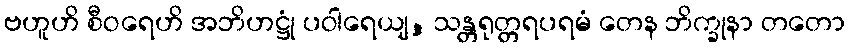
ဗဟူဟိ စီဝရေဟိ အဘိဟဋ္ဌုံ ပဝါရေယျ, သန္တရုတ္တရပရမံ တေန ဘိက္ခုနာ တတော